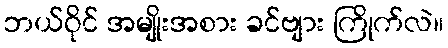
ဘယ်ဝိုင် အမျိုးအစား ခင်ဗျား ကြိုက်လဲ။